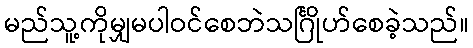
မည်သူ့ကိုမျှမပါဝင်စေဘဲသင်္ဂြိုဟ်စေခဲ့သည်။